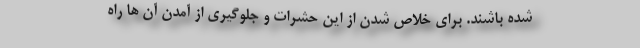
شده باشند. برای خلاص شدن از این حشرات و جلوگیری از آمدن آن ها راه